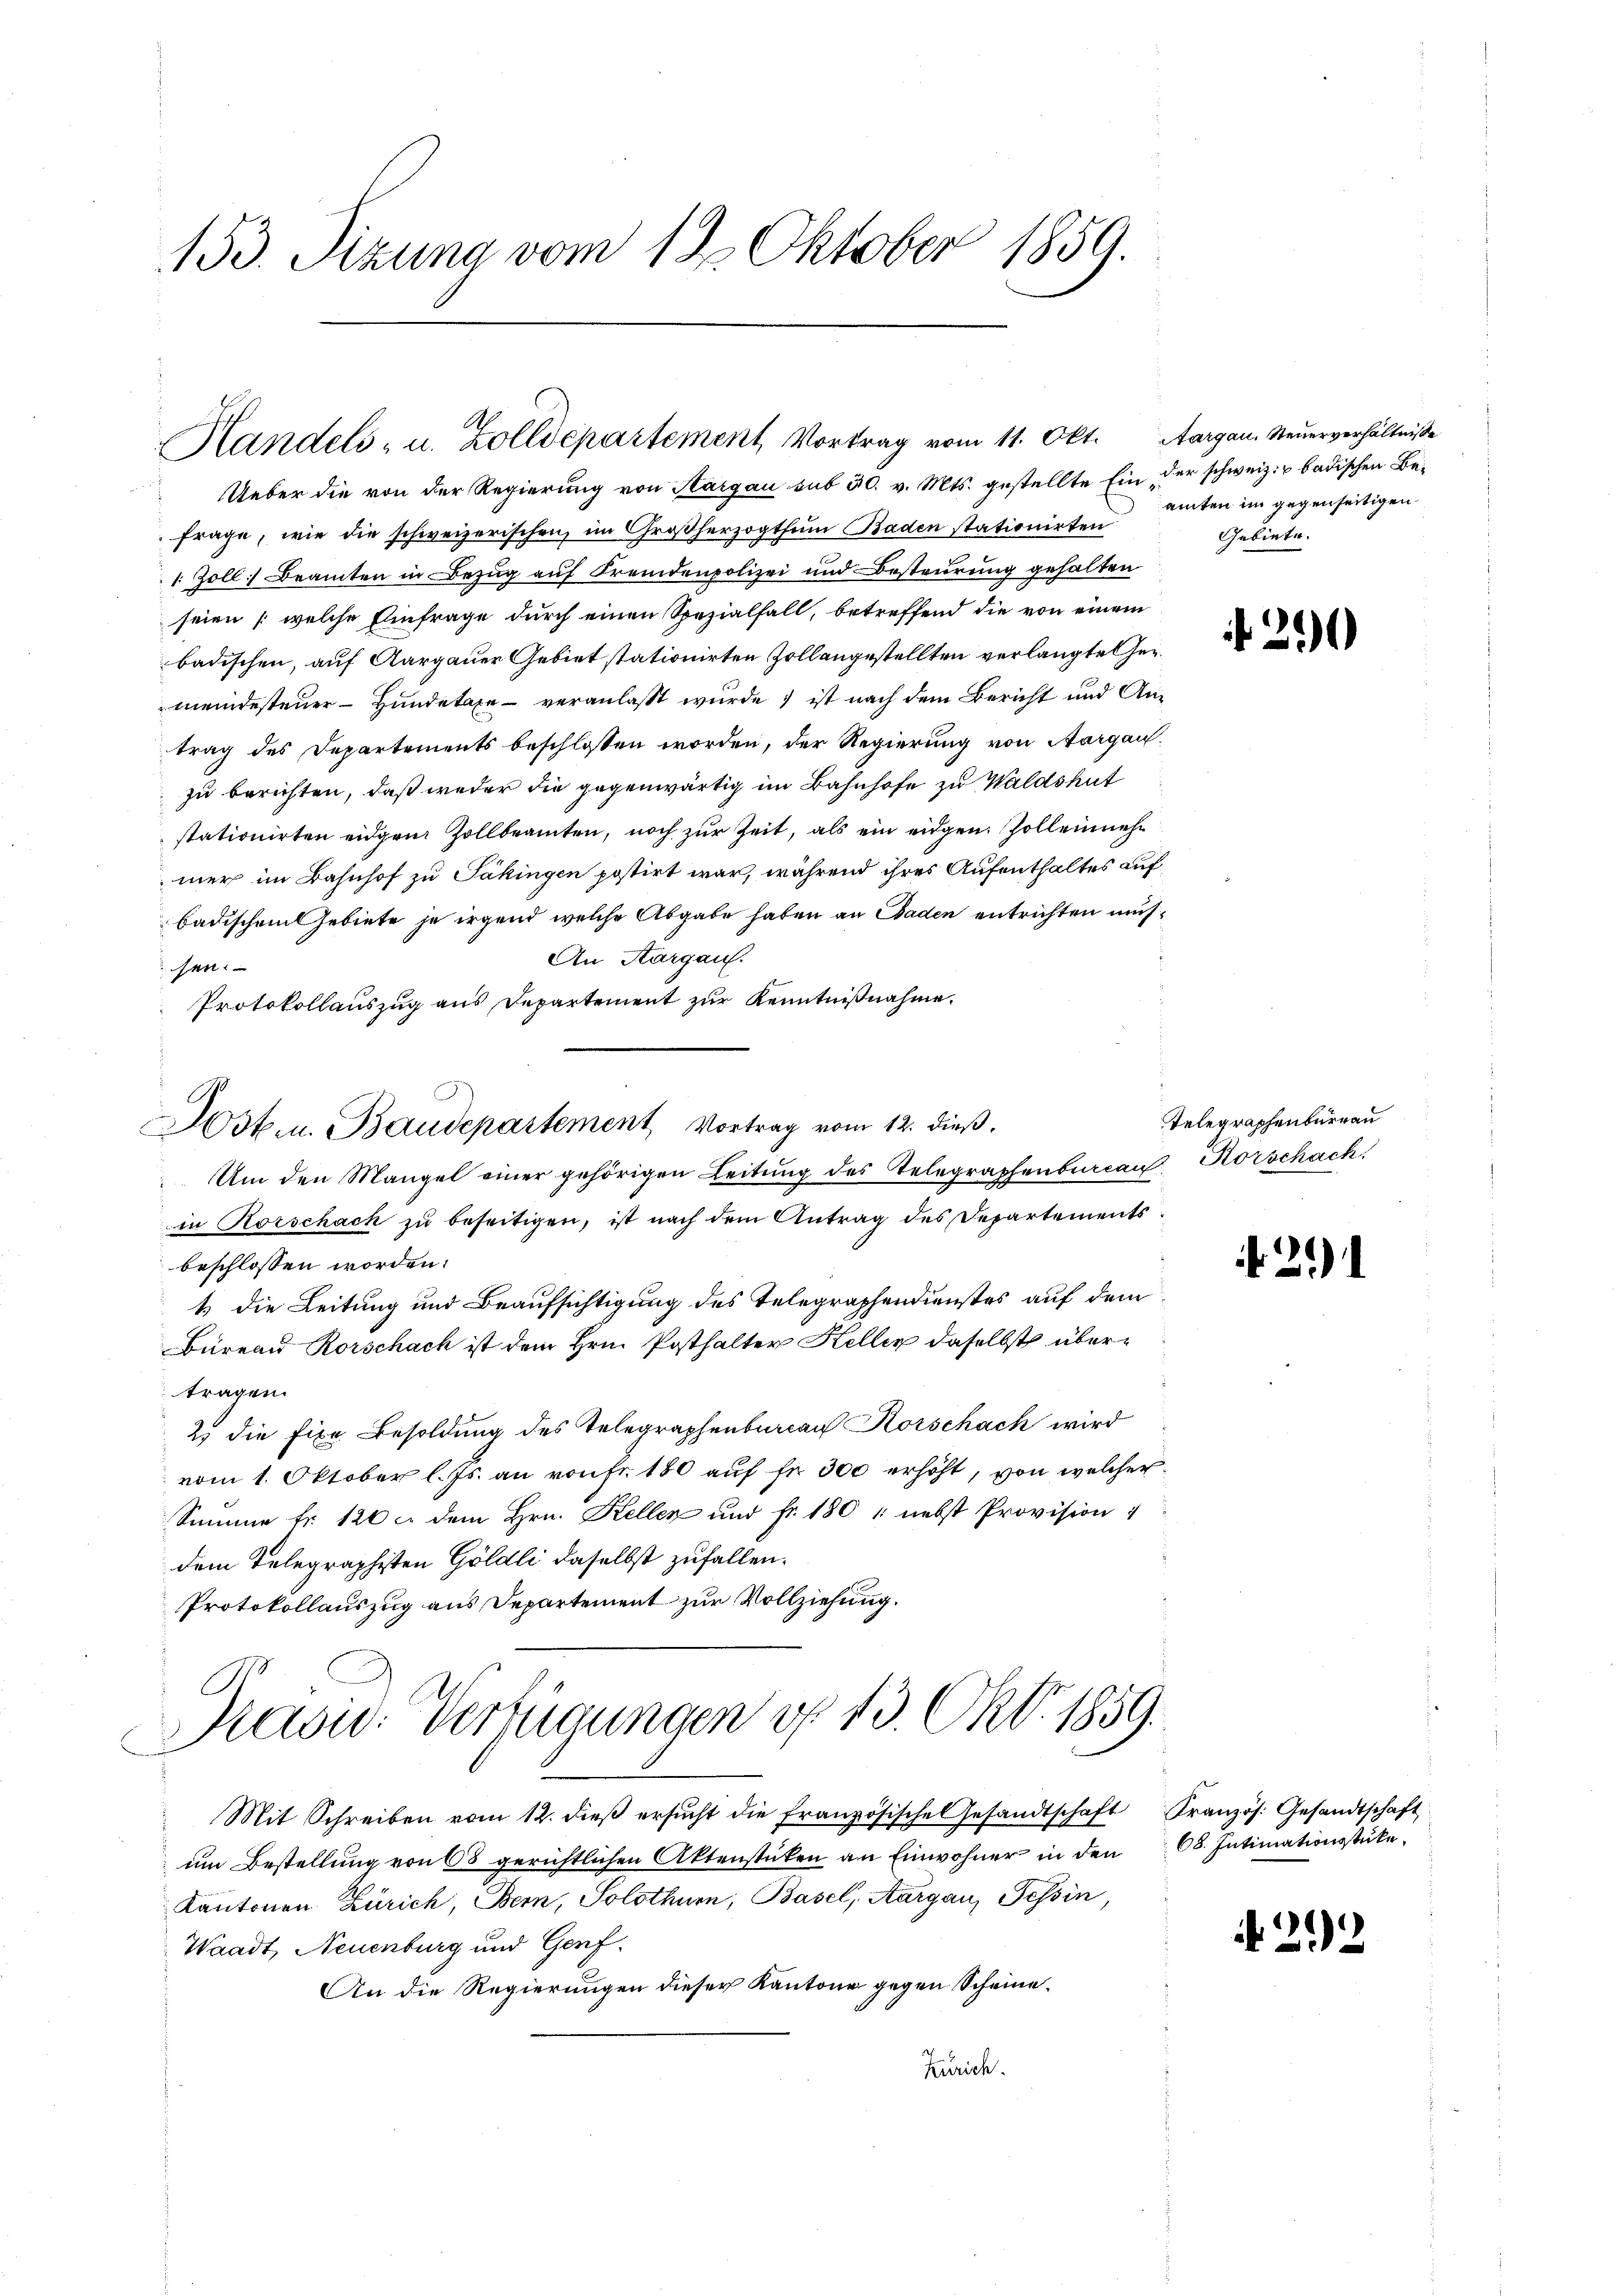
153. Sizung vom 12. Oktober 1859.

Handels- u. Zolldepartement, Vortrag vom 11. Okt.

Ueber die von der Regierung von Sargau sub 30. v. Mts. gestellte Ein der schweiz. u. badischen Befrage, wie die schweizerischen, im Großherzogthum Baden stationirten
1. Zoll Beamten in Bezug auf Fremdenpolizei und Besteurung gehalten
seien (welche Einfrage durch einen Spezialfall, betreffend die von einem
badischen, auf Aargauer Gebiet stationirten Zollangestellten verlangte Gemeindesteuer - Hundetaxe - veranlaßt wurde ist nach dem Bericht und Antrag des Departements beschlossen worden, der Regierung von Aargauzu berichten, daß weder die gegenwärtig im Bahnhofe zu Waldshut
stationirten eidgen Zollbeamten, noch zur Zeit, als ein eidgen. Zollenmehr
mer im Bahnhof zu Säkingen postirt war, während ihres Aufenthaltes aufbadischem Gebiete je irgend welche Abgabe haben an Baden entrichten müs¬
An Aargau.
sen.
Protokollauszug aus Departement zur Kenntnißnahme.
Um den Mangel einer gehörigen Leitŭng des Telegraphenbureau Horschack
in Korschach zu beseitigen, ist nach dem Antrag des Departements
beschlossen worden.
1) die Leitung und Beaufsichtigung des Telegraphendienstes auf dem
Büreau Rorschach ist dem Hrn. Posthalter Kellen daselbst übertragen.
2. die fixe Besoldung des Telegraphenbureau Korschach wird
vom 1. Oktober l. Js. an von fr. 180 auf fr. 300 erhöht, von welcher¬
Summe fr. 126 u. dem Hrn. Kellen und fr. 180 " nebst Provision
dem Telegraphisten Göldli daselbst zufallen.
Protokollauszug aus Departement zur Vollziehung.
Kasw. Verfügungen u. 13. Okt. 1859.
Mit Schreiben vom 12. dieβ ersŭcht die französische Gesandtschaft Kranzös. Gesandtschaft
um Bestellung von 68 gerichtlichen Aktenstücken an Einwohner in den 68. Intimationsstüke¬
Kantonen Zürich, Bern, Solothurn, Basel, Aargau, Tessin,
Waadt, Neuenburg und Genf
An die Regierungen dieser Kantone gegen Scheine.
Zürich.

Josten. Baudepartement Vortrag vom 12. dieß,

Aargau. Steuerverhältnisse
amten im gegenseitigen
Gebiete.

+20

Telegraphenbureau

f.21)

1
2 f 0 x